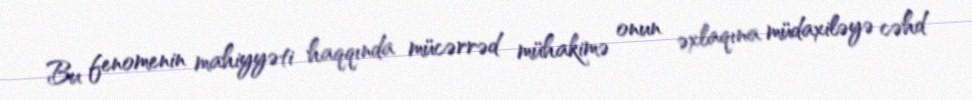
Bu fenomenin mahiyyəti haqqında mücərrəd mühakimə onun əxlaqına müdaxiləyə cəhd